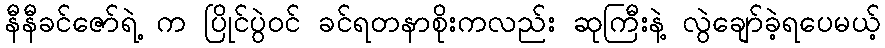
နီနီခင်ဇော်ရဲ့ က ပြိုင်ပွဲဝင် ခင်ရတနာစိုးကလည်း ဆုကြီးနဲ့ လွဲချော်ခဲ့ရပေမယ့်